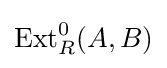
{\text{Ext}}_{R}^{0}(A,B)